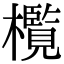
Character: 㰖